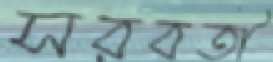
সরবতী